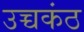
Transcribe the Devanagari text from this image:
उच्चकंठ